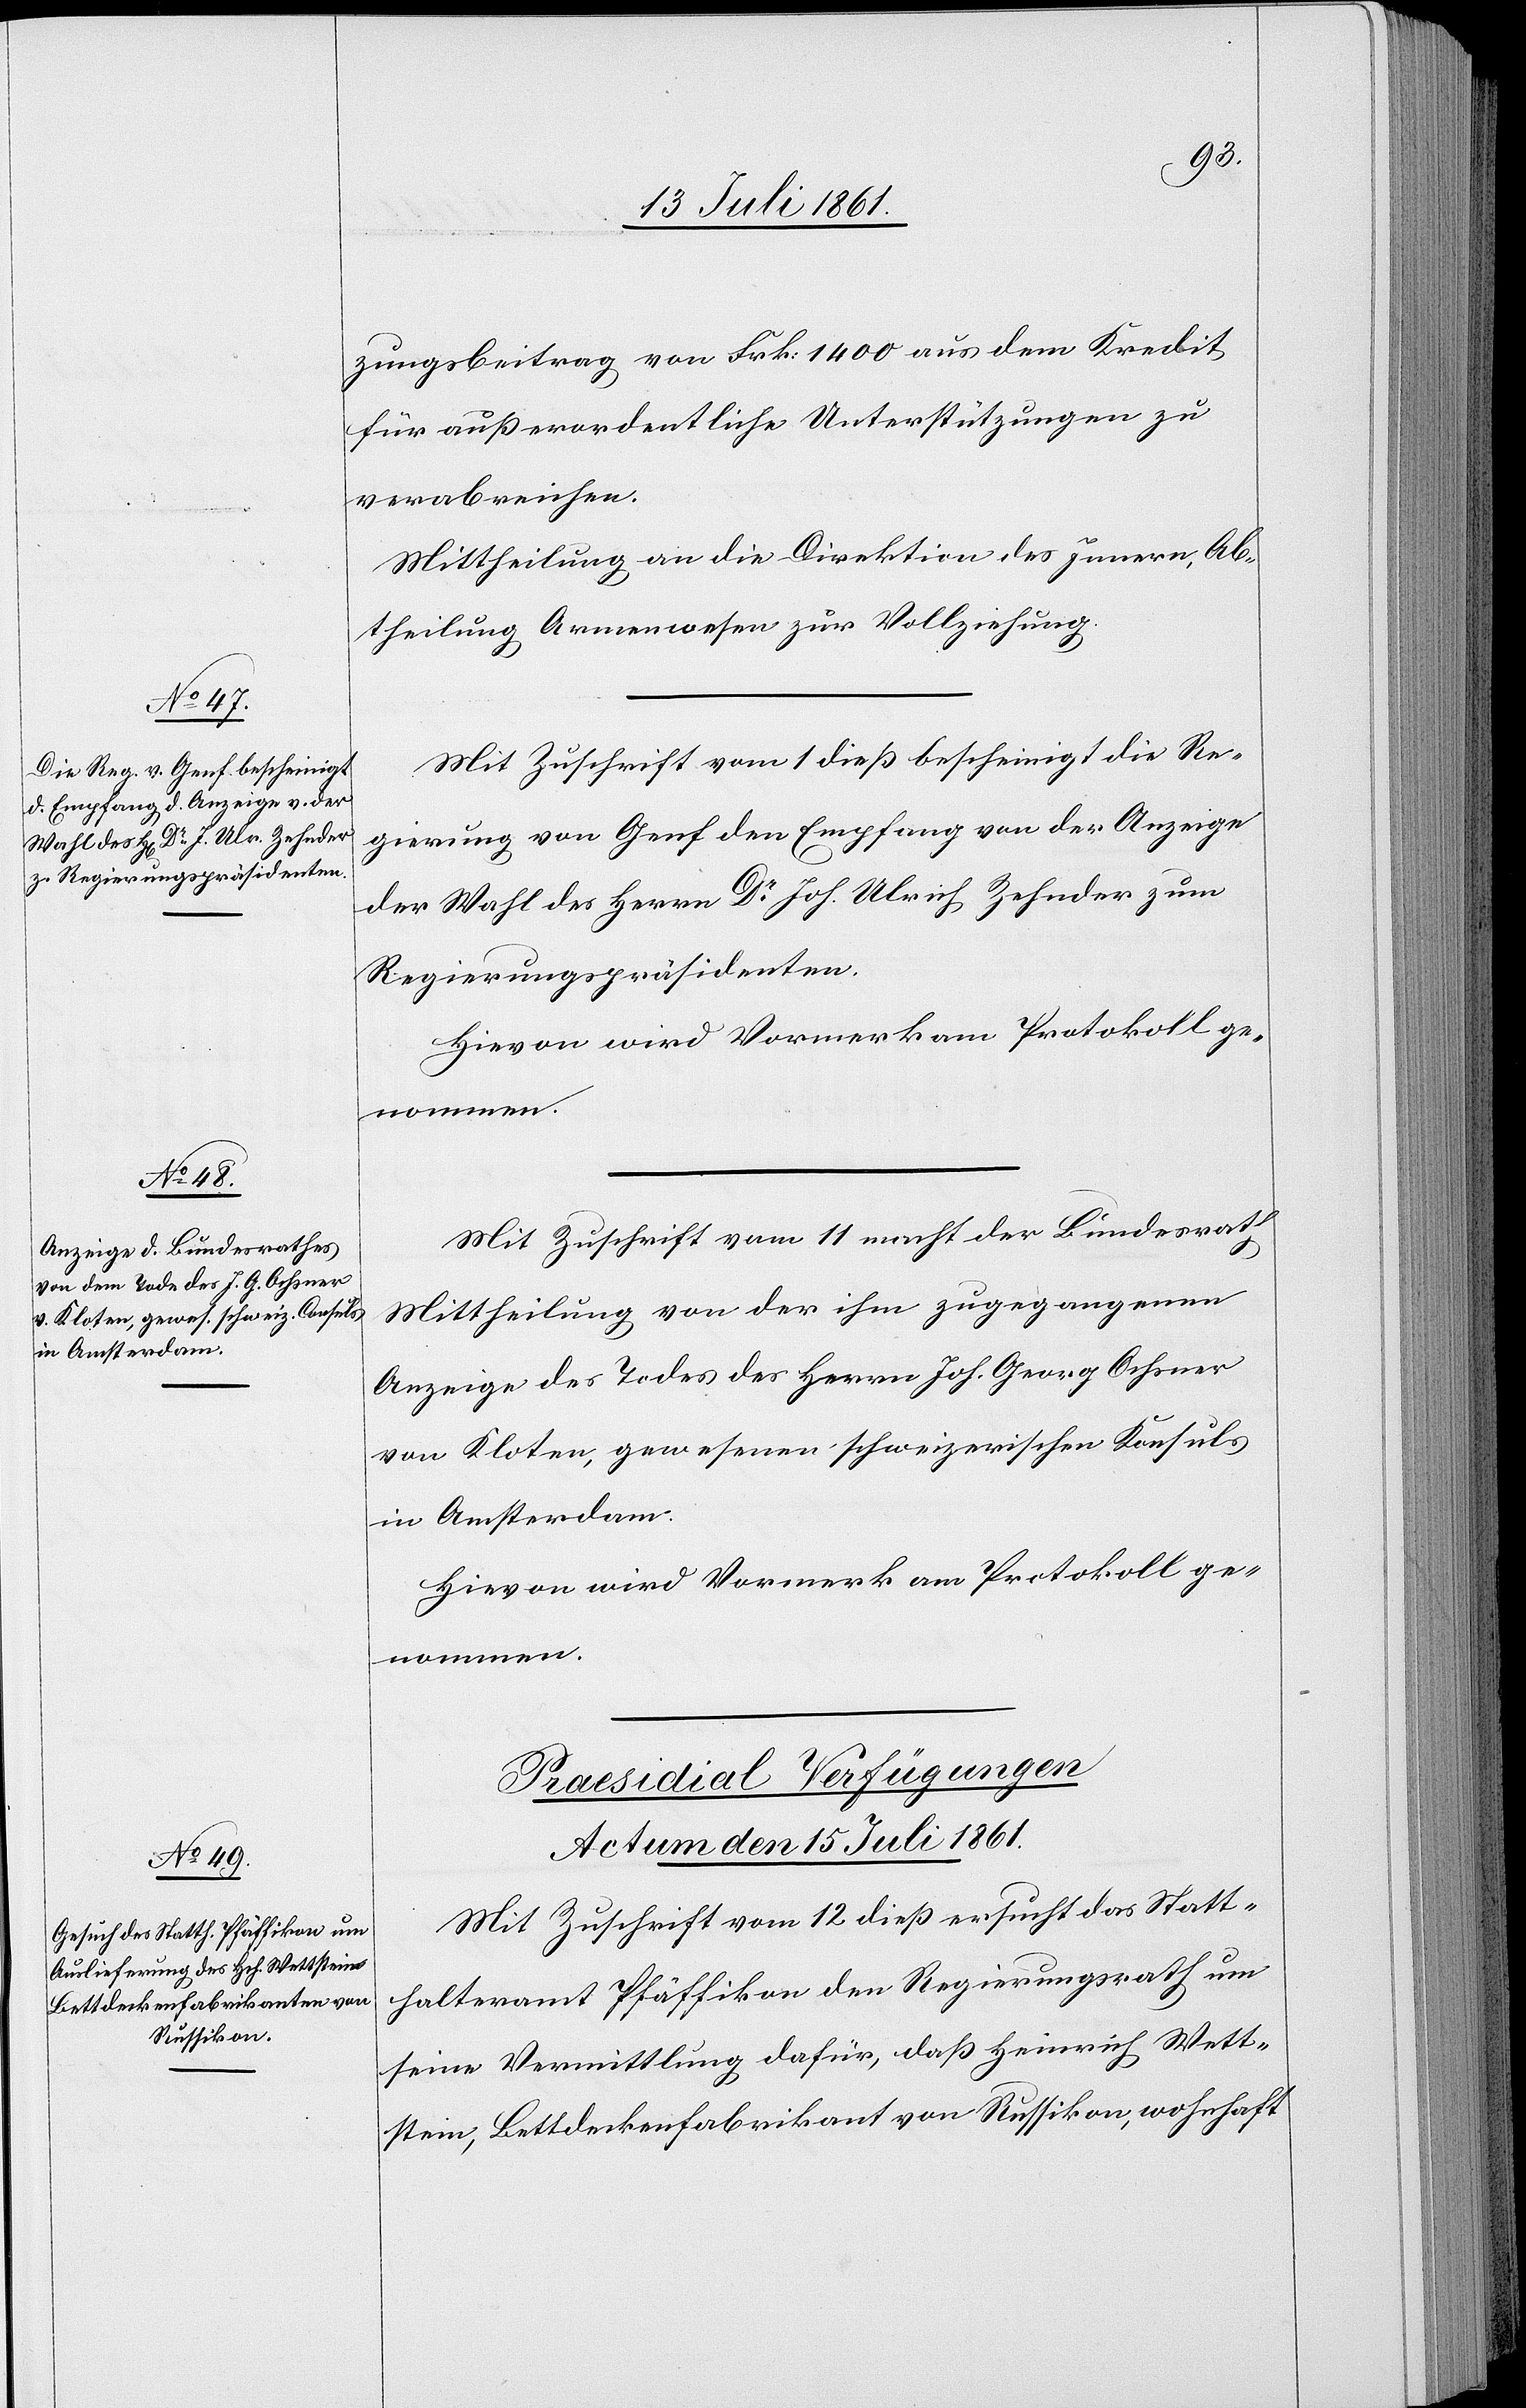
zungsbeitrag von Frk 1400 aus dem Kredit
für außerordentliche Unterstützungen zu
verabreichen.
Mittheilung an die Direktion des Innern, Ab¬
theilung Armenwesen zur Vollziehung.
Mit Zuschrift vom 1 dieß bescheinigt die Re¬
gierung von Genf den Empfang von der Anzeige
der Wahl des Herrn Dr Joh. Ulrich Zehnder zum
Regierungspräsidenten.
Hievon wird Vormerk am Protokoll ge¬
nommen.
Mit Zuschrift vom 11 [sic!] macht der Bundesrath
Mittheilung von der ihm zugegangenen
Anzeige des Todes des Herrn Joh. Georg Ochsner
von Kloten, gewesenen schweizerischen Konsuls
in Amsterdam.
Hievon wird Vormerk am Protokoll ge¬
nommen.
Praesidial-Verfügungen.
Actum den 15 Juli 1861.
Mit Zuschrift vom 12 dieß ersucht das Statt¬
halteramt Pfäffikon den Regierungsrath um
seine Vermittlung dafür, daß Heinrich Wett¬
stein, Bettdeckenfabrikant von Russikon, wohnhaft